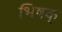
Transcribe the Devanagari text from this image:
भिषक्